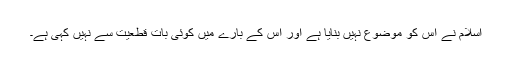
اسلام نے اس کو موضوع نہیں بنایا ہے اور اس کے بارے میں کوئی بات قطعیت سے نہیں کہی ہے۔